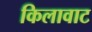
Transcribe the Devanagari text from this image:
किलावाट